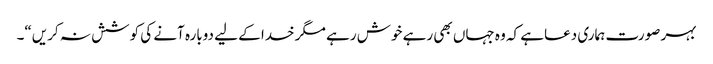
بہر صورت ہماری دعاہے کہ وہ جہاں بھی رہے خوش رہے مگر خدا کے لیے دوبارہ آنے کی کوشش نہ کریں“۔